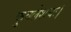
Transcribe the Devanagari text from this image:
कुवलेशयः।